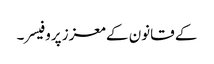
کے قانون کے معزز پروفیسر۔